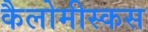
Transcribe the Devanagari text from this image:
कैलोमीस्कस